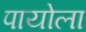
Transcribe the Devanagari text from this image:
पायोला